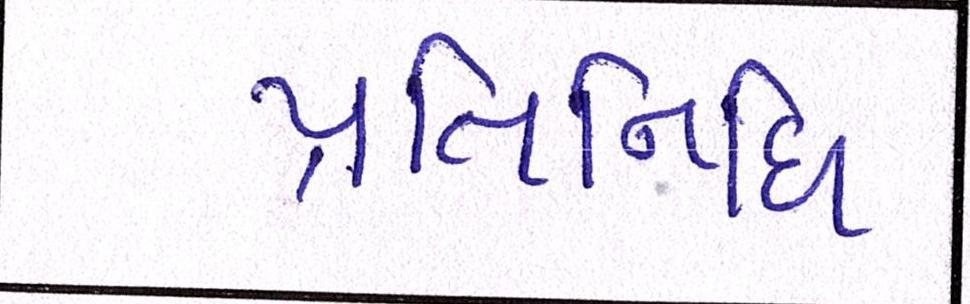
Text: પ્રતિનિધિ